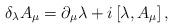
LaTeX: \begin{align*}\delta_{\lambda }{A}_{\mu} =\partial _{\mu}{\lambda}+i\left[\lambda,{A}_{\mu}\right],\end{align*}